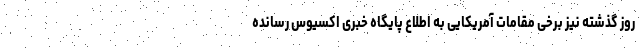
روز گذشته نیز برخی مقامات آمریکایی به اطلاع پایگاه خبری اکسیوس رسانده‌